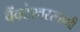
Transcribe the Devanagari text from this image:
वैंक्टेश्वरस्वामी